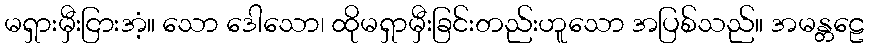
မရှားမှီးငြားအံ့။ သော ဒေါသော၊ ထိုမရှာမှီးခြင်းတည်းဟူသော အပြစ်သည်။ အမန္တဠေ